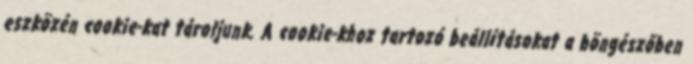
eszközén cookie-kat tároljunk. A cookie-khoz tartozó beállításokat a böngészőben